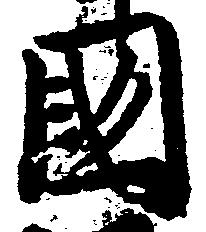
国